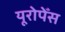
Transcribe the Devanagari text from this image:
यूरोपेँस